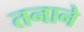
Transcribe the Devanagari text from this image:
तनाने